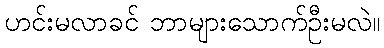
ဟင်းမလာခင် ဘာများသောက်ဦးမလဲ။